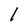
Character: 1